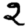
Digit: 2